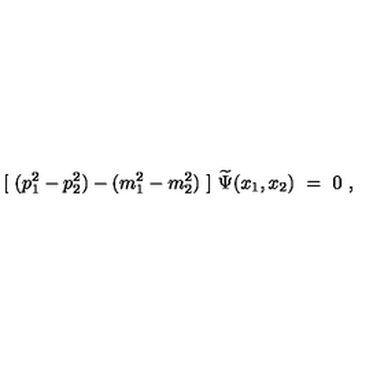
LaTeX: [ \ ( p _ { 1 } ^ { 2 } - p _ { 2 } ^ { 2 } ) - ( m _ { 1 } ^ { 2 } - m _ { 2 } ^ { 2 } ) \ ] \ \widetilde \Psi ( x _ { 1 } , x _ { 2 } ) \ = \ 0 \ ,